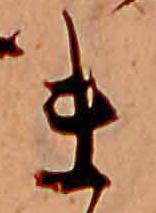
ま